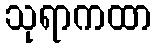
သုရာကထာ